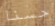
حسنا